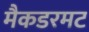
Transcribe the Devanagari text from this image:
मैकडरमट